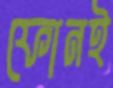
ফোনই